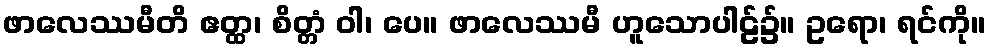
ဖာလေဿမီတိ ဧတ္ထ၊ စိတ္တံ ဝါ၊ ပေ။ ဖာလေဿမီ ဟူသောပါဠ်၌။ ဥရော၊ ရင်ကို။